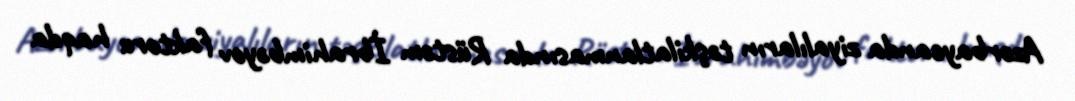
Azərbaycanda ziyalıların təşkilatlanmasında Rüstəm İbrahimbəyov faktoru haqda